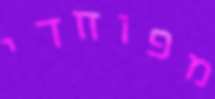
מפוחדי